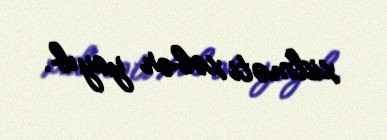
xidməti xəbər yayıb.